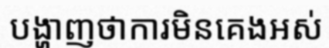
បង្ហាញថាការមិនគេងអស់